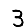
Digit: 3